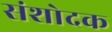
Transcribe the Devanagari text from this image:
संशोदक